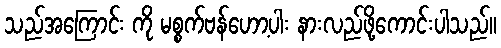
သည်အကြောင်း ကို မစ္စက်ဗန်ဟော့ပါး နားလည်ဖို့ကောင်းပါသည်။